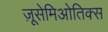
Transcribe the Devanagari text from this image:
ज़ूसेमिओतिक्स